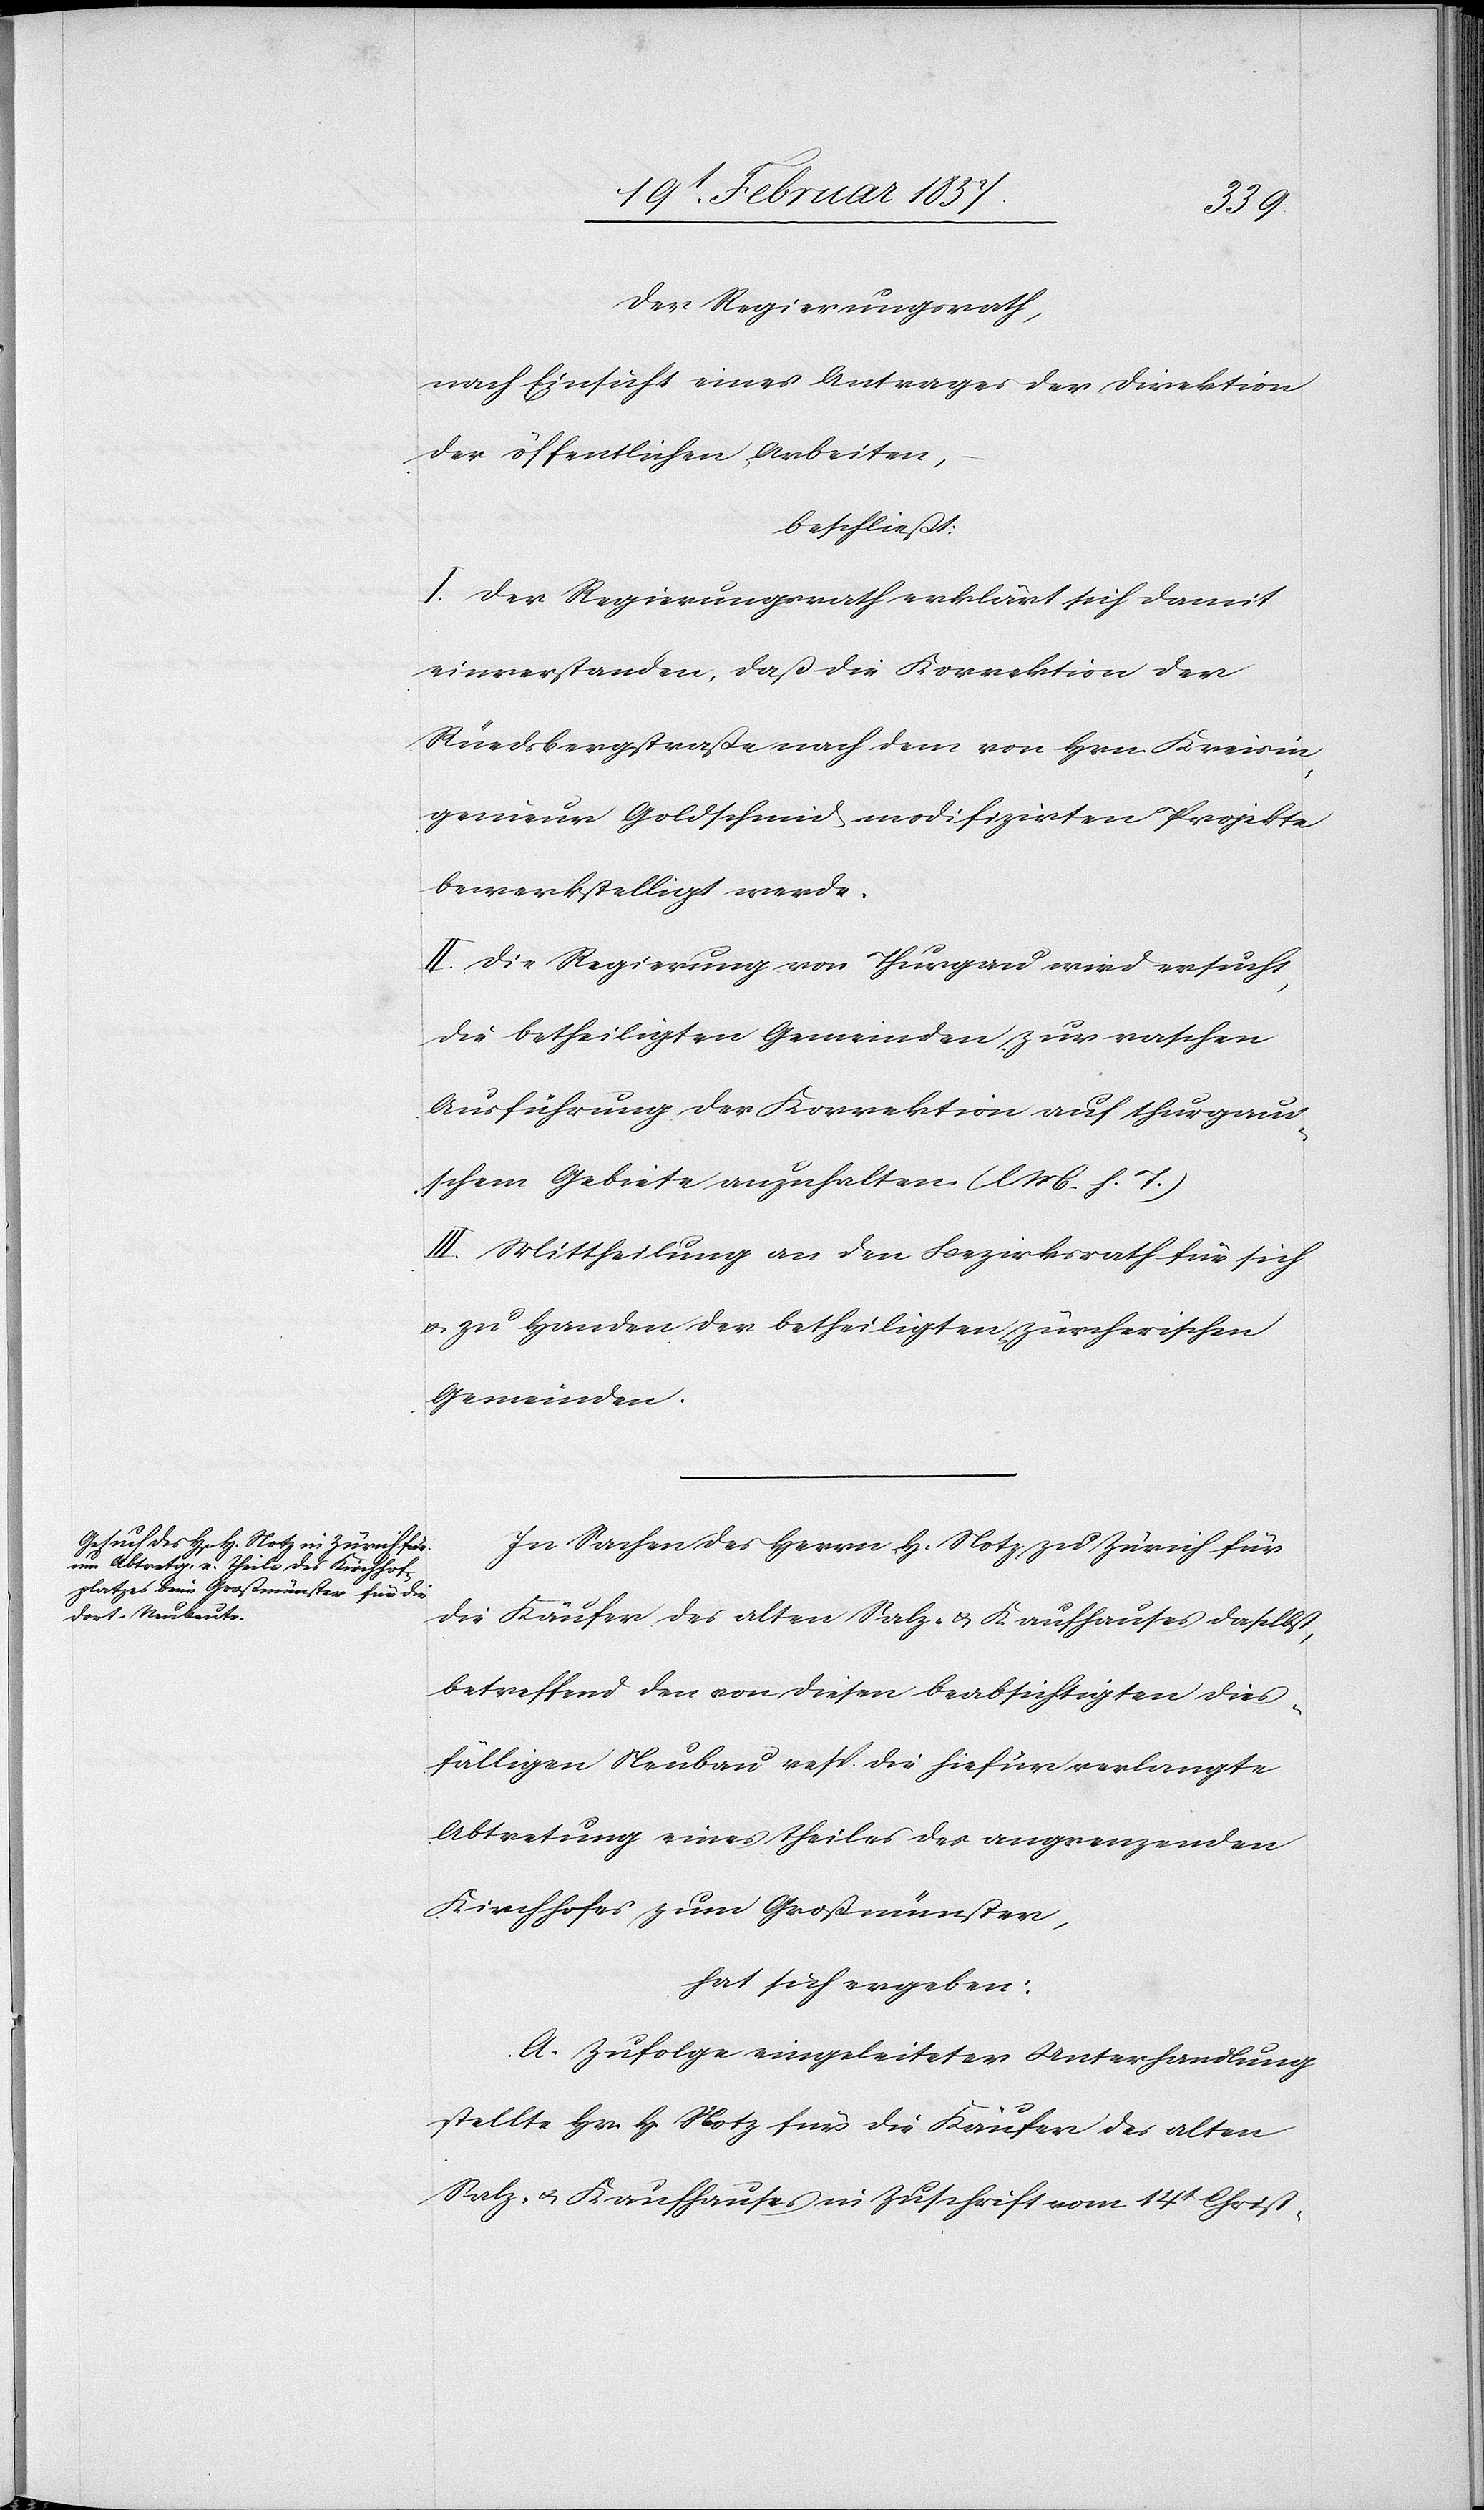
Der Regierungsrath,
nach Einsicht eines Antrages der Direktion
der öffentlichen Arbeiten,
beschließt:
I. Der Regierungsrath erklärt sich damit
einverstanden, daß die Korrektion der
Rüedsbergstraße nach dem von Hrn. Kreisin¬
genieur Goldschmid modifizirten Projekte
bewerkstelligt werde.
II. Die Regierung von Thurgau wird ersucht,
die betheiligten Gemeinden zur raschen
Ausführung der Korrektion auf thurgau¬
sichem gebiete anzuhalten. (l. M. h. T.)
III. Mittheilung an den Bezirksrath für sich
u. zu Handen der betheiligten zürcherischen
Gemeinden.
In Sachen des Herrn H. Notz in Zürich für
die Käufer des alten Salz- u. Kaufhauses daselbst,
betreffend den von diesen beabsichtigten dies¬
fälligen Neubau resp. die hiefür verlangte
Abtretung eines theiles des angrenzenden
Kirchhofes zum Großmünster,
hat sich ergeben:
A. Zufolge eingeleiteter Unterhandlung
stellte Hr. H. Notz für die Käufer des alten
Salz- u. Kaufhauses in Zuschrift vom 14t Christ-